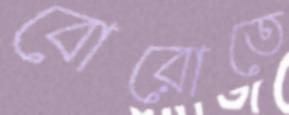
বোরোতে